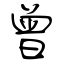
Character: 曾